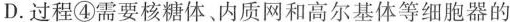
D.过程④需要核糖体、内质网和高尔基体等细胞器的